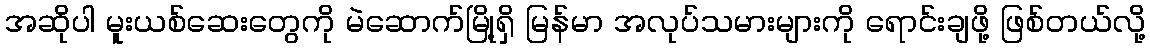
အဆိုပါ မူးယစ်ဆေးတွေကို မဲဆောက်မြို့ရှိ မြန်မာ အလုပ်သမားများကို ရောင်းချဖို့ ဖြစ်တယ်လို့